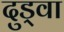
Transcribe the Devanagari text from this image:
दुड्वा